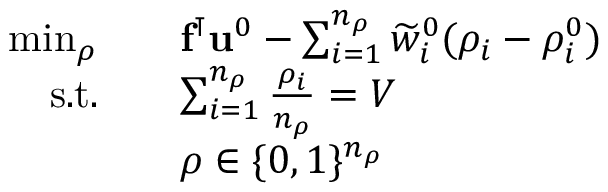
\begin{array} { r l } { \operatorname* { m i n } _ { \boldsymbol { \rho } } } & { \quad \mathbf { f } ^ { \intercal } \mathbf { u } ^ { 0 } - \sum _ { i = 1 } ^ { n _ { \rho } } \widetilde { w } _ { i } ^ { 0 } ( \rho _ { i } - \rho _ { i } ^ { 0 } ) } \\ { \mathrm { s . t . } } & { \quad \sum _ { i = 1 } ^ { n _ { \rho } } \frac { \rho _ { i } } { n _ { \rho } } = V } \\ & { \quad \boldsymbol { \rho } \in \{ 0 , 1 \} ^ { n _ { \rho } } } \end{array}